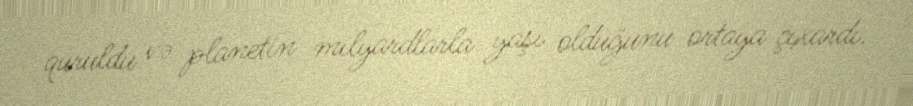
quruldu və planetin milyardlarla yaşı olduğunu ortaya çıxardı.